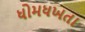
ધોમધખતા